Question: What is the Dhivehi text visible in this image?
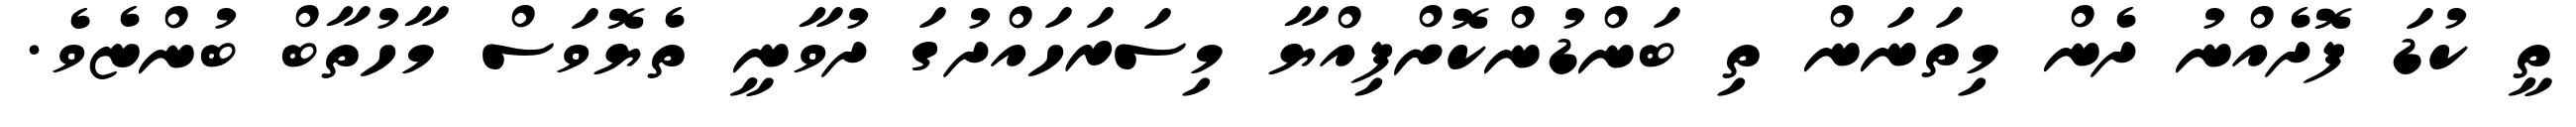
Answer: ތީ ކުޑަ ފޮދެއްނު ދެން މިތަނަން ތި ބަންޑުންކޮށްފިއްޔާ މިސަރަހައްދުގަ ދުވާނީ ތެޔޮވަސް މާހުތާބް ބުންޏެވެ.